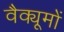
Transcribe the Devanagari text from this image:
वैक्यूमों